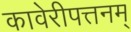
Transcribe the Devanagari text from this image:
कावेरीपत्तनम्